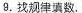
9.找规律填数.